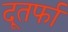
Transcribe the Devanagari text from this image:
दूतर्फा